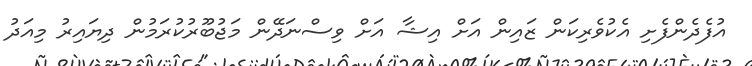
އުފެދެންފެށި އެކުވެރިކަން ޒައިން އަށް އިޝާ އަށް ވިސްނަދޭން މަޖުބޫރުކުރަމުން ދިޔައިރު މިއަދު